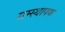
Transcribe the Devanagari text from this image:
सम्स्थापक